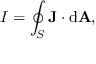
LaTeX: I = \oint _ { S } \mathbf { J } \cdot \mathrm { { d } } \mathbf { A } , \,